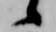
候